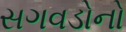
સગવડોનો